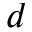
d